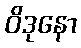
ဝိဒုနော